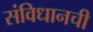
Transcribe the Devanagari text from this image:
संविधानची